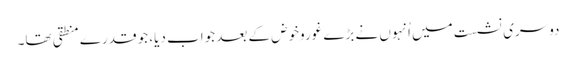
دوسری نشست میں اُنہوں نے بڑے غوروخوض کے بعد جواب دیا، جو قدرے منطقی تھا۔